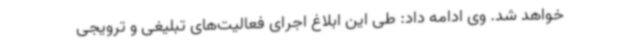
خواهد شد. وی ادامه داد: طی این ابلاغ اجرای فعالیت‌های تبلیغی و ترویجی